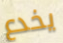
يخدع